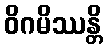
ဝိဂမိဿန္တိ